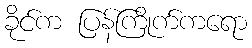
ခိုင်က ပြန်ကြိုက်ကရော